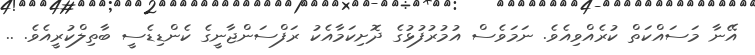
އޭނާ މަސައްކަތް ކުރެއްވިއެވެ. ނަމަވެސް އުމުރުފުޅުގެ ދޮށިކަމާއެކު ރަފްސަންޖާނީގެ ކެންޑިޑެސީ ބާތިލްކުރީއެވެ. ..